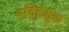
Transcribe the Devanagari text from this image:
संदेहमुक्त